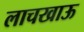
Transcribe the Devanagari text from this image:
लाचखाऊ